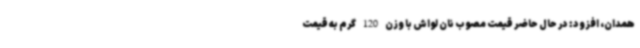
همدان، افزود: در حال حاضر قیمت مصوب نان لواش با وزن 120 گرم به قیمت